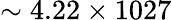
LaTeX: \sim 4.22\times 1027